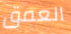
العمق